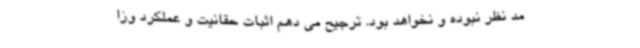
مد نظر نبوده و نخواهد بود. ترجیح می دهم اثبات حقانیت و عملکرد وزا